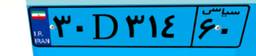
۳۰D۳۱۴۶۰